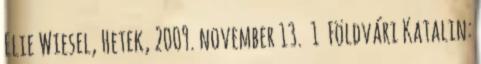
Elie Wiesel, Hetek, 2009. november 13. 1 Földvári Katalin: